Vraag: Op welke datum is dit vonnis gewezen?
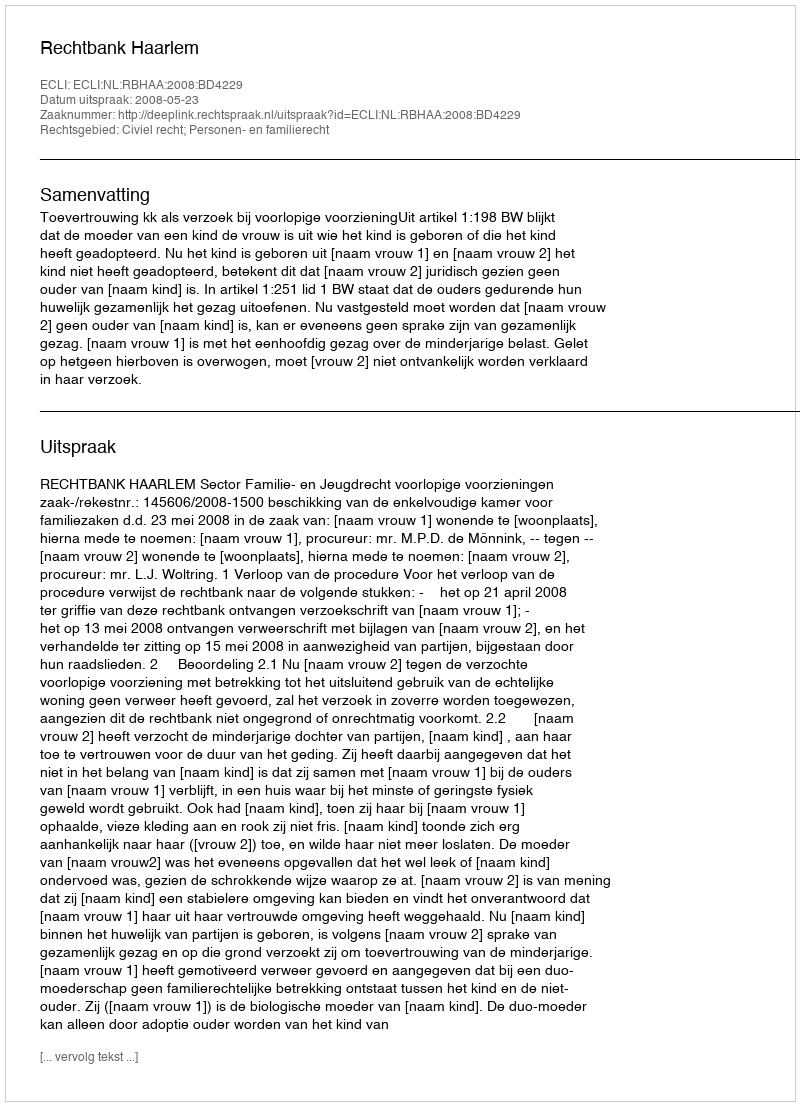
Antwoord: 2008-05-23